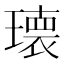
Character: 𭹹